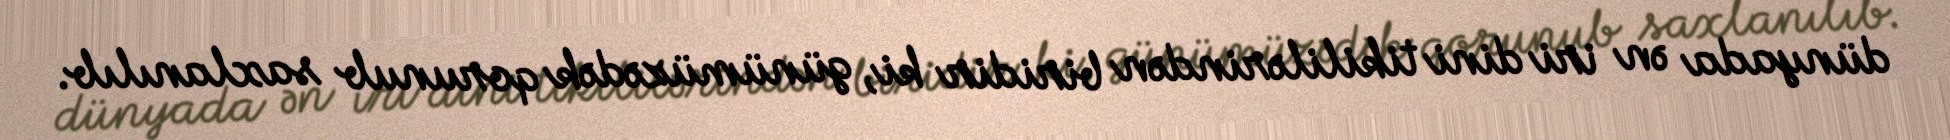
dünyada ən iri dini tikililərindən biridir ki, günümüzədək qorunub saxlanılıb.